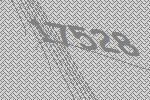
17528